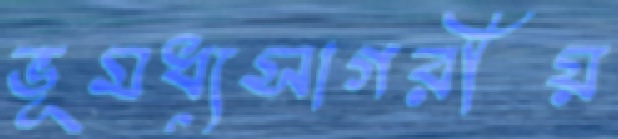
ভূমধ্যসাগরীয়